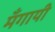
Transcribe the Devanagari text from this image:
मँगायी